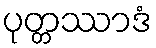
ပုတ္တဿာဒံ